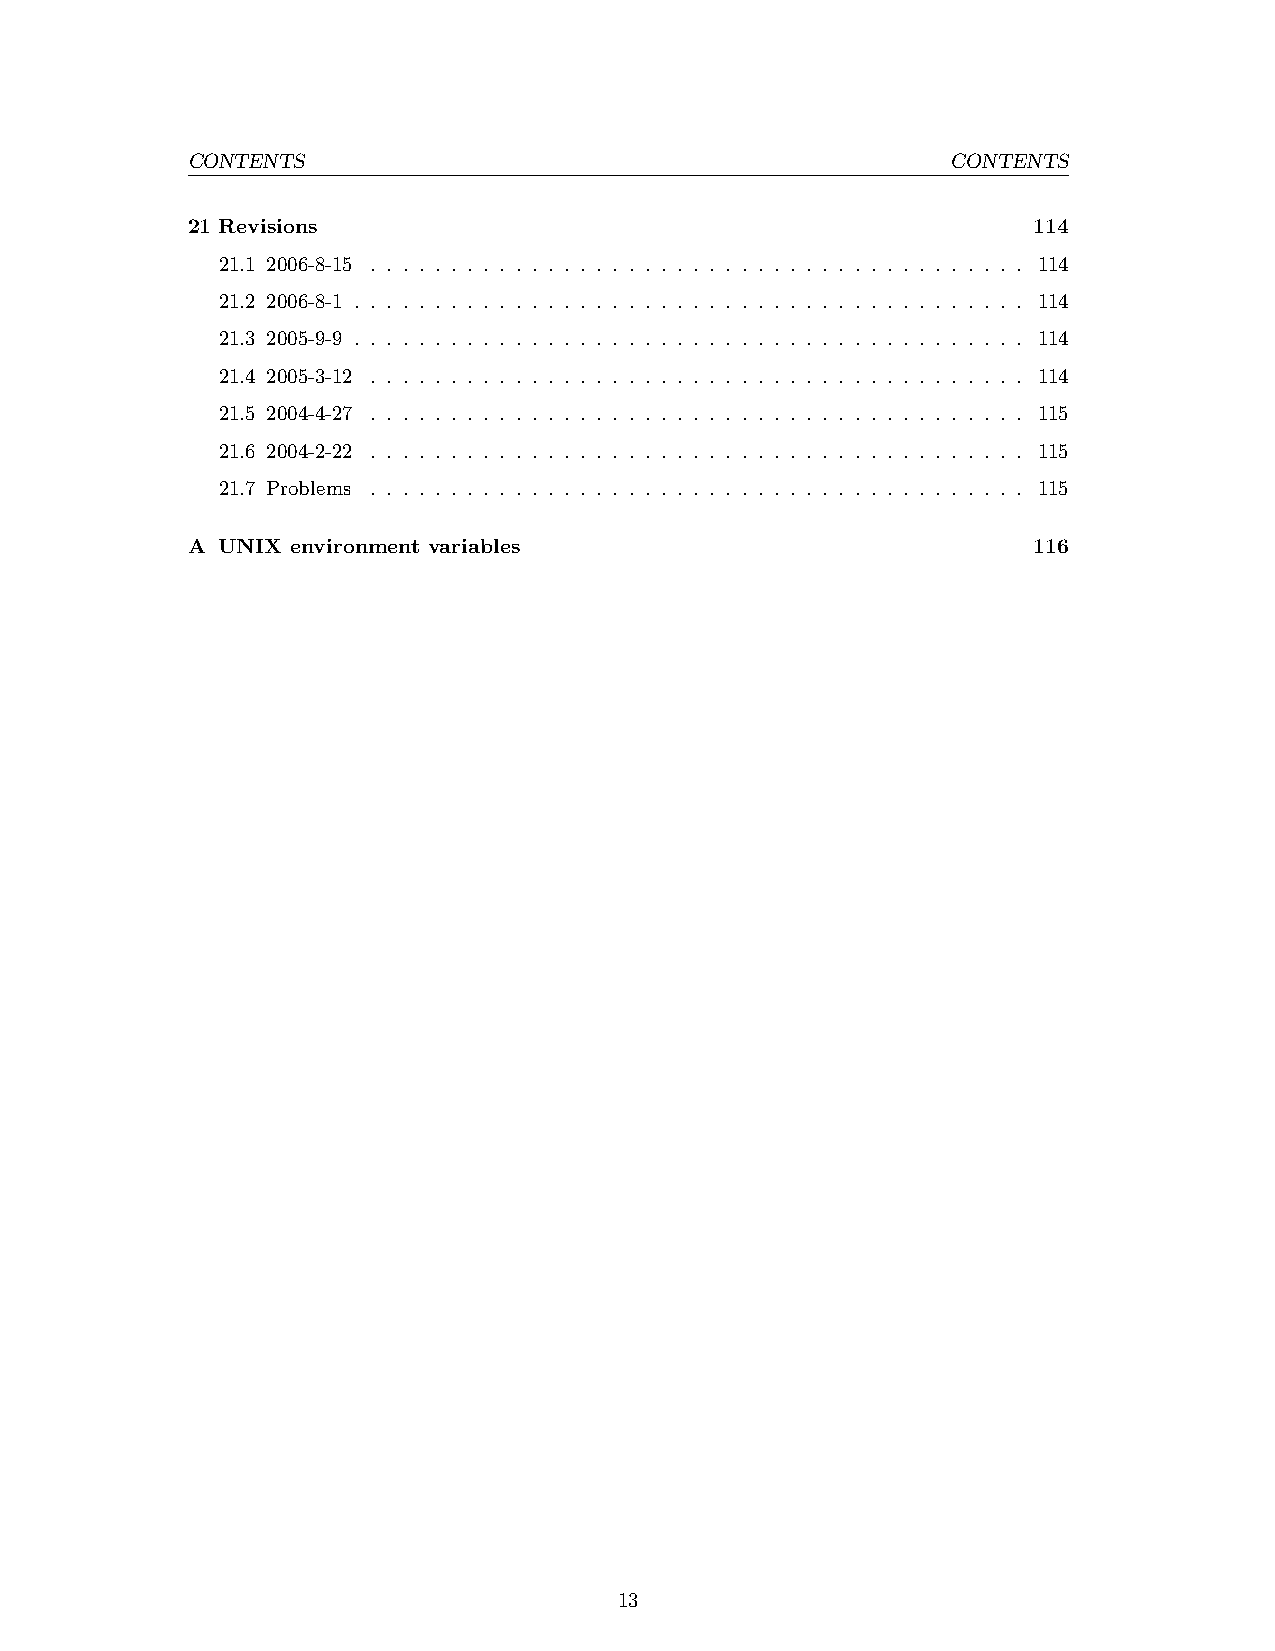
CONTENTS                                           CONTENTS
 21 Revisions                                            114
 21.1 2006-8-15 . . . . . . . . . . . . . . . . . . . . . . . . . . . . . . . . . . . . . . . . . 114
 21.2 2006-8-1 . . . . . . . . . . . . . . . . . . . . . . . . . . . . . . . . . . . . . . . . . . 114
 21.3 2005-9-9 . . . . . . . . . . . . . . . . . . . . . . . . . . . . . . . . . . . . . . . . . . 114
 21.4 2005-3-12 . . . . . . . . . . . . . . . . . . . . . . . . . . . . . . . . . . . . . . . . . 114
 21.5 2004-4-27 . . . . . . . . . . . . . . . . . . . . . . . . . . . . . . . . . . . . . . . . . 115
 21.6 2004-2-22 . . . . . . . . . . . . . . . . . . . . . . . . . . . . . . . . . . . . . . . . . 115
 21.7 Problems . . . . . . . . . . . . . . . . . . . . . . . . . . . . . . . . . . . . . . . . . 115
 A UNIX environment variables                            116
 13